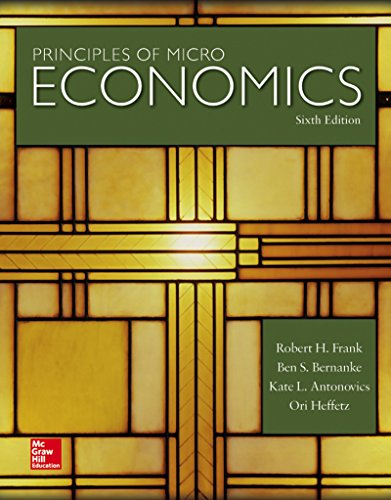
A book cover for Principles of Microeconomics; Robert Frank; Business & Money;